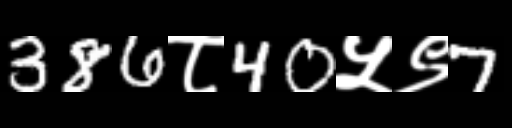
Text: 386८40५९7